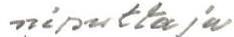
niputtaja